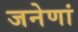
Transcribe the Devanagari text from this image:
जनेणां